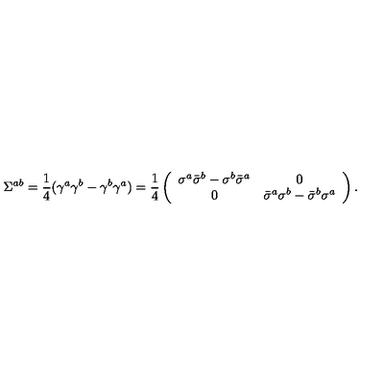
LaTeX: \Sigma ^ { a b } = \frac { 1 } { 4 } ( \gamma ^ { a } \gamma ^ { b } - \gamma ^ { b } \gamma ^ { a } ) = \frac { 1 } { 4 } \left( \begin{array} { c c } { \sigma ^ { a } \bar { \sigma } ^ { b } - \sigma ^ { b } \bar { \sigma } ^ { a } } & { 0 } \\ { 0 } & { \bar { \sigma } ^ { a } \sigma ^ { b } - \bar { \sigma } ^ { b } \sigma ^ { a } } \\ \end{array} \right) .